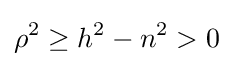
\rho ^{2}\geq h^{2}-n^{2}>0